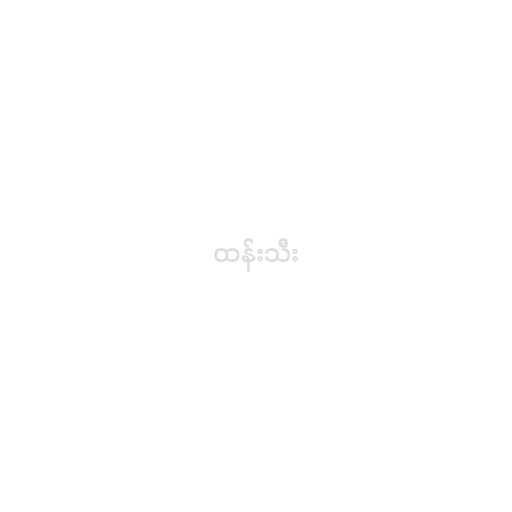
ထန်းသီး